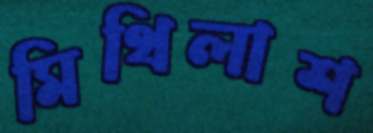
মিথিলাশ